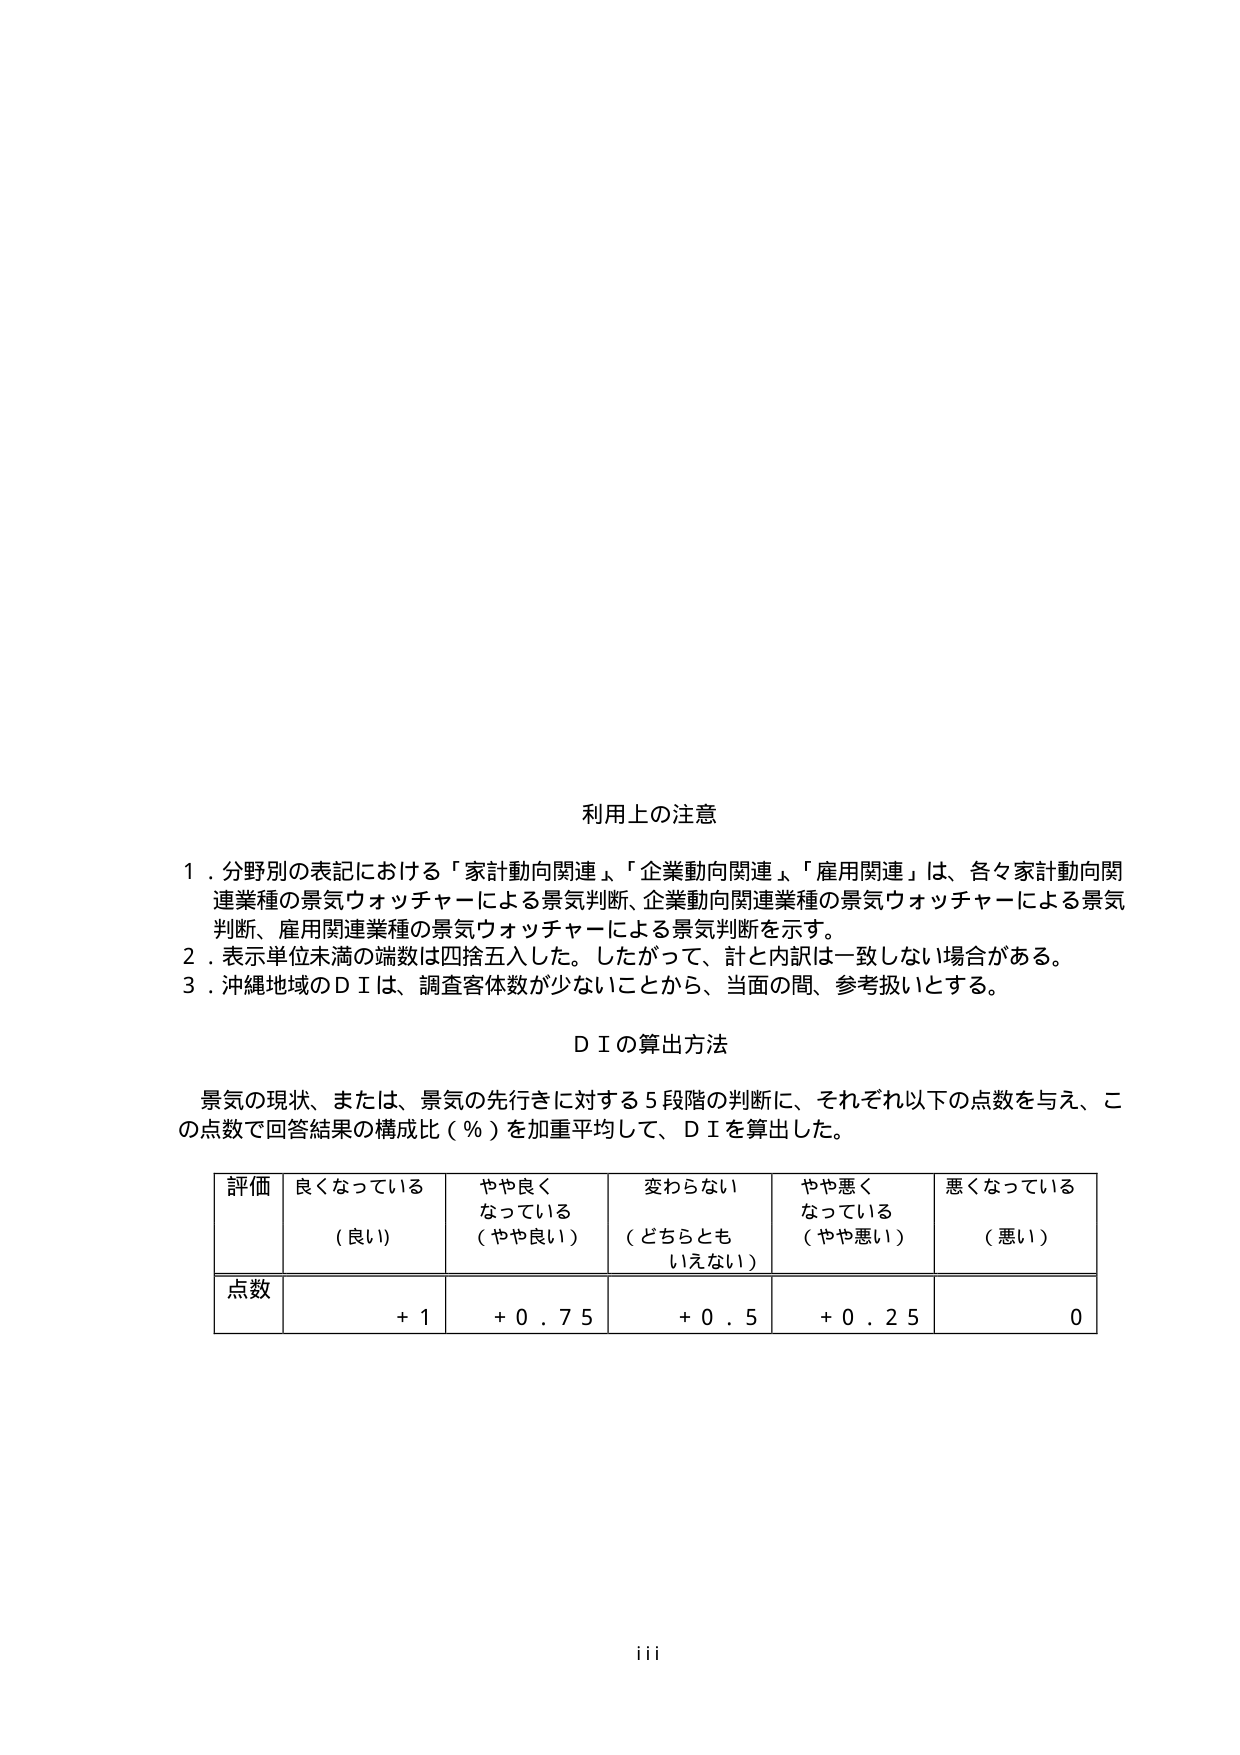
利用上の注意

1．分野別の表記における「家計動向関連」、「企業動向関連」、「雇用関連」は、各々家計動向関連業種の景気ウォッチャーによる景気判断、企業動向関連業種の景気ウォッチャーによる景気判断、雇用関連業種の景気ウォッチャーによる景気判断を示す。
2．表示単位未満の端数は四捨五入した。したがって、計と内訳は一致しない場合がある。
3．沖縄地域のＤＩは、調査客体数が少ないことから、当面の間、参考扱いとする。

ＤＩの算出方法

景気の現状、または、景気の先行きに対する5段階の判断に、それぞれ以下の点数を与え、この点数で回答結果の構成比（％）を加重平均して、ＤＩを算出した。

評価　良くなっている　やや良く　変わらない　やや悪く　悪くなっている
　　　（良い）　　　なっている　（どちらとも　なっている　（悪い）
　　　　　　　　　　（やや良い）　いえない）　（やや悪い）

点数　　　　＋１　　　　＋０．７５　　　＋０．５　　　＋０．２５　　　０

iii